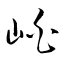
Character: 岶